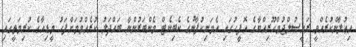
އިޢުލާންކުރެއްވީ ރައީސުލްޖުމްހޫރިއްޔާގެ އޮފީހުގައި އެމަނިކުފާނުގެ ކެބިނެޓް މެންބަރުންނާ ބައްދަލު ކުރެއްވުމަށްފަހު މީޑިއާގެ ކުރިމަތީގައި